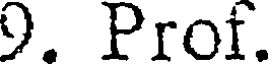
9. Prof.